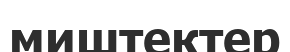
миштектер